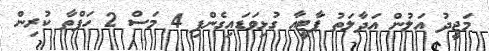
މަޖީދު އަލުން އަދާލަތު ޕާޓީއާ ގުޅިވަޑައިގެންފި 4 މަސް 2 ހަފްތާ ކުރިން